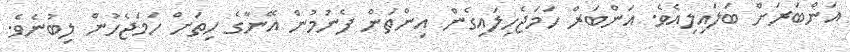
އަންބަރަށް ބަލައިލިއެވެ. އަންބަރް ހަމަޖެހިލައިގެން އިންތަން ފެނުމުން އޭނާގެ ހިތަށް ހަމަޖެހުން ލިބުނެވެ.